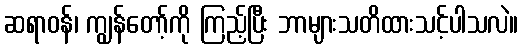
ဆရာဝန်၊ ကျွန်တော့်ကို ကြည့်ပြီး ဘာများသတိထားသင့်ပါသလဲ။